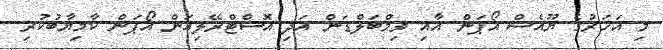
މި އަހަރުގެ ޔޫއެސް އޯޕަން އާއި ވިމްބަލްޑަން އަދި އޮސްޓްރޭލިއަން އޯޕަން ކާމިޔާބުކުރި